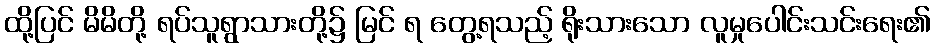
ထို့ပြင် မိမိတို့ ရပ်သူရွာသားတို့၌ မြင် ရ တွေ့ရသည့် ရိုးသားသော လူမှုပေါင်းသင်းရေး၏